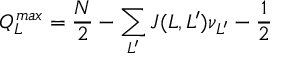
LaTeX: Q _ { L } ^ { m a x } = \frac { N } { 2 } - \sum _ { L ^ { \prime } } J ( L , L ^ { \prime } ) \nu _ { L ^ { \prime } } - \frac { 1 } { 2 }